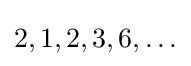
2,1,2,3,6,\ldots